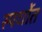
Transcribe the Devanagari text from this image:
स्पर्धाेत